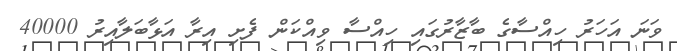
ވަނަ އަހަރު ހިއްސާގެ ބާޒާރުގައި ހިއްސާ ވިއްކަން ފެށި އިރާ އަޅާބަލާއިރު 40000